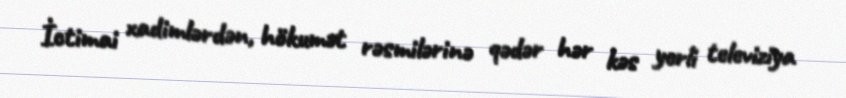
İctimai xadimlərdən, hökumət rəsmilərinə qədər hər kəs yerli televiziya